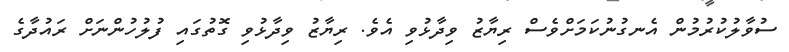
ސުވާލުކުރުމުން އެނގުނުކަމަށްވެސް ރިޔާޒު ވިދާޅުވި އެވެ. ރިޔާޒު ވިދާޅުވި ގޮތުގައި ފުލުހުންނަށް ރައުދާގެ